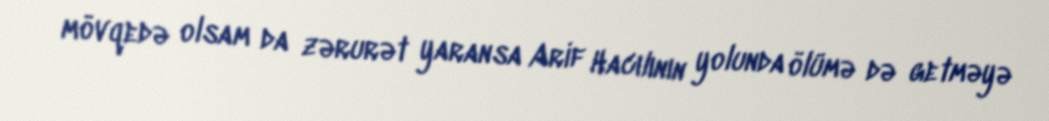
mövqedə olsam da zərurət yaransa Arif Hacılının yolunda ölümə də getməyə